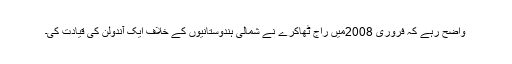
واضح رہے کہ فروری 2008میں راج ٹھاکرے نے شمالی ہندوستانیوں کے خلاف ایک آندولن کی قیادت کی۔